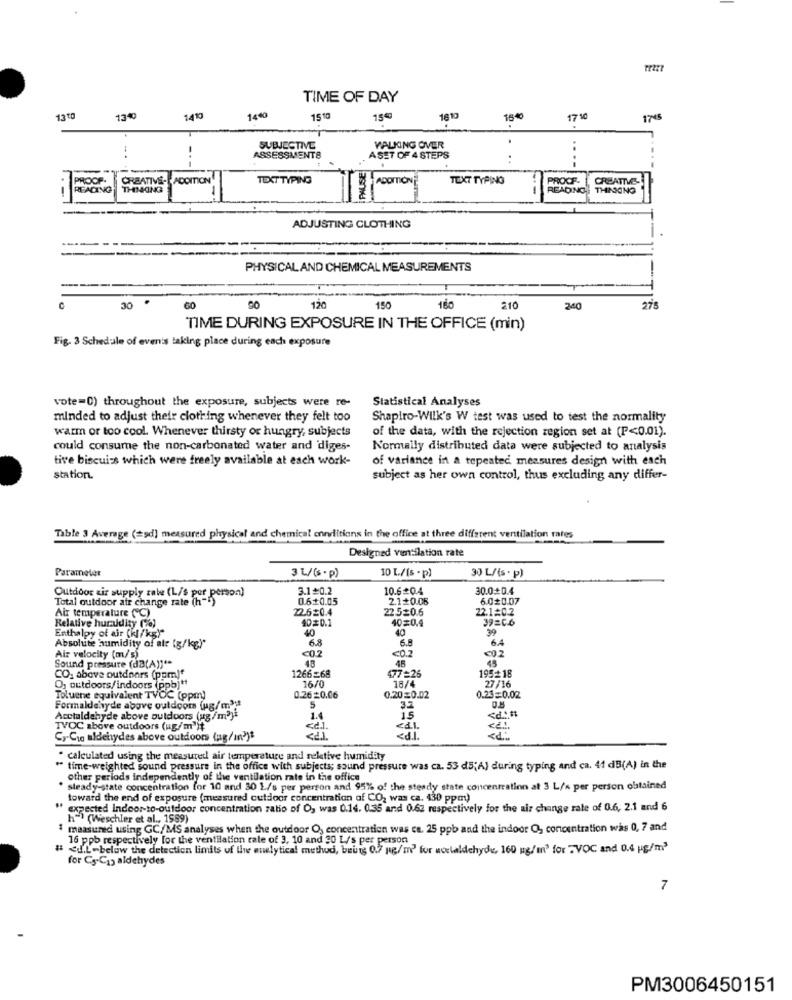
TIME OF DAY
1440
1300
13%
1410
1510
15€
16 10
18 **
17 10
1745
.
SUBJECTIVE
VALKING OVER
ASSESSMENTS
PAUSE
ASET OF 4 STEPS
-..
PROOP.
CREATIVE-
ADDITION
TEXT TYPING
ADOPTION
TEXT TYPING
PROOF
CREATIVE-
-
REACING
THIMONG
READING
THINKING
ADJUSTING CLOTHING
PHYSICAL AND CHEMICAL MEASUREMENTS
30
60
120
150
160
210
340
275
TIME DURING EXPOSURE IN THE OFFICE (min)
Fig. 3 Schedule of events taking place during each exposure
vote=0) throughout the exposure, subjects were re-
Statistical Analyses
minded to adjust their clothing whenever they felt too
Shapiro-Wilk's W test was used to test the normality
warm or too cool. Whenever thirsty or hungry, subjects
of the data, with the rejection region set at (P<0.01).
could consume the non-carbonated water and diges-
Normally distributed data were subjected to analysis
tive biscuits which were freely available at each work-
of variance in a repeated measures design with each
station.
subject as her own control, thus excluding any differ-
Table 3 Average (=9d) measured physical and chemical conditions in the office at three different ventilation rates
Designed ventilation rate
Parameter
3 L/ (s.p)
10 L./(s . p)
30 L/(s . P)
3.1=0.2
10.6=0.4
30.0+0.4
Outdoor air supply rate (L/s per person)
Total outdoor air change rate (h-1)
0.6+0.05
2.1+0.06
6.00.07
Air temperature (C)
22.6=0.4
22.5=0.6
22.1#0.2
Relative huraudity (%)
40#0.1
40=0.4
39=C6
40
40
39
Enthalpy of air (KJ/kg)"
6.4
Absolute humidity of att (g/kg)*
<0.2
<0.2
<02
Air velocity (m/s)
Sound pressure (da(A)) **
48
48
45
1266=68
195+18
CO: above outdoors (pom)*
16/0
77=26
18/
O, outdoors/indoors (ppb)"
27/16
Toluene equivalent TVOC (ppm)
0.26=0.06
0.20=0.02
0.23=0.02
Formaldehyde above outdoors (g/m3 ;!
Acctaldehyde above outdoors (ug /m3)*
1.4
15
TVOC above outdoors (ug/m'it
<d.l.
Co-Cio aldehydes above outdoors (ug/in?)t
«di
" calculated using the measured air temperature and relative humidity
time-weighted sound pressure in the office with subjects; sound pressure was ca. 53 d5;A) during typing and ca. 41 dB(A) in the
other periods independently of the ventilation rate in the office
steady-state concentration for 10 and 30 L/s per person and 95% of the steady state concentration at 3 L/'s per person obtained
toward the end of exposure (measured cutdoor concentration of CO, was ca. 430 ppm)
expected Indoor-to-outdoor concentration zato of O, was 0.14. 0.35 and 0.62 respectively for the air change rate of 0.6, 2.1 and 6
h") (Weschler et al ., 1599)
$ measured using GC/MS analyses when the outdoor O, concentration was ce. 25 ppb and the indoor O, concentration was 0, 7 and
16 ppb respectively for the ventilation tale of 3, 10 and 30 L/s per person
# <u.L-below the detection limits of the analytical method, being 0.7 g/m2' for woelaldehyde, 160 ug/m3 for "VOC and 0.4 g/m3
for Cy.Cas aldehydes
7
PM3006450151